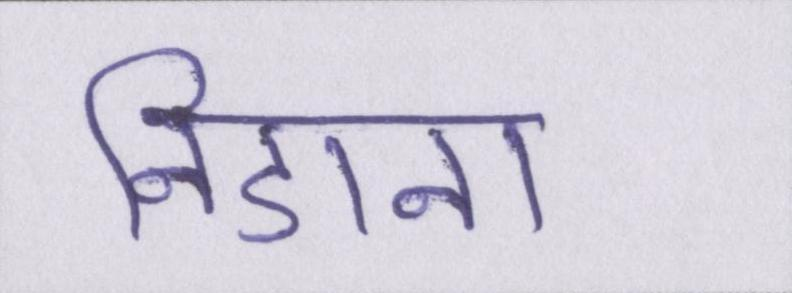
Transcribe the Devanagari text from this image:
निडाना